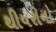
થીયરીનો